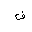
Letter: _fa